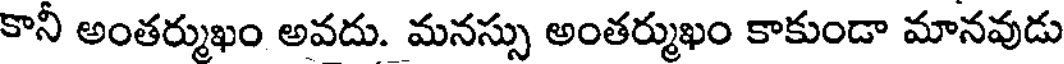
కానీ అంతర్ముఖం అవదు. మనస్సు అంతర్ముఖం కాకుండా మానవుడు